Sanitation, dispensaries and jails vaccination Rajputana 1922-1927 - 1922-1927
Year: 1922
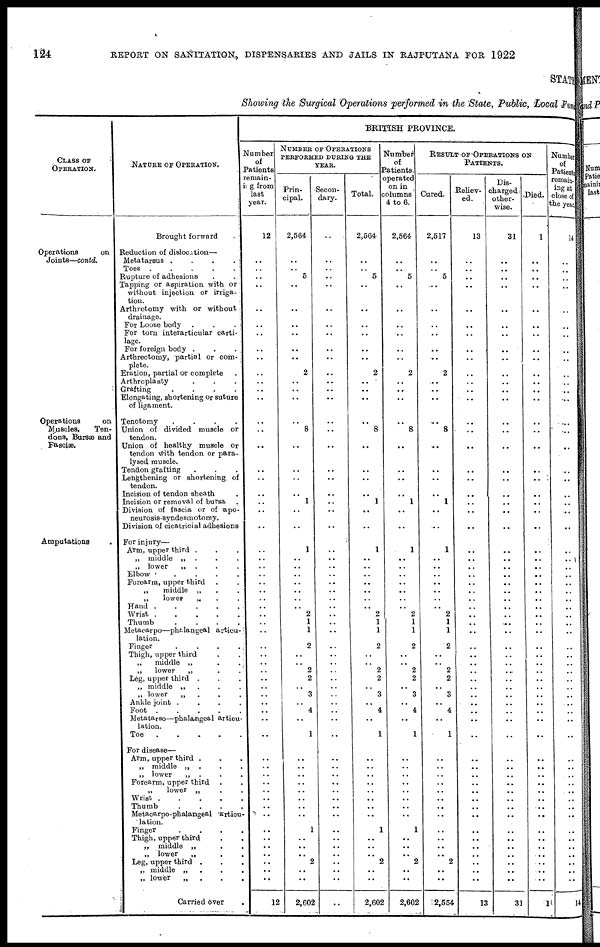
124
REPORT ON SANITATION, DISPENSARIES AND JAILS IN RAJPUTANA FOR 1922
STATE
Showing the Surgical Operations performed in the State, Public, Local Fund
CLASS OF
OPERATION.
Operations
on
Joints—contd.
Operations
on
Muscles,
Ten-
dons, Bursæ and
Fasciæ.
Amputations .
NATURE OF OPERATION.
Brought forward .
Reduction of dislocation—
Metatarsus
.
.
.
.
Toes . . . . . .
Rupture of adhesions
.
.
Tapping or aspiration with or .
without injection or irriga¬
tion.
Arthrotomy with or without
drainage.
For Loose body .
.
.
For torn interarticular carti¬
lage.
For foreign body . . . .
Arthrectomy, partial or com¬
plete.
Eration. partial or complete
Arthroplasty . . .
Grafting . . . .
Elongating, shortening or suture
of ligament.
Tenotomy
.
.
.
.
Union of divided muscle or
tendon.
Union of healthy muscle or
tendon with tendon or para-
lysed muscle.
Tendon grafting . . .
Lengthening or shortening of
tendon.
Incision of tendon sheath .
Incision or removal of bursa .
Division of fascia or of apo¬
neurosis-syndesmotomy.
Division of cicatricial adhesions
For injury—
Arm, upper third . . .
„ middle „ . . .
„ lower
„ . . .
Elbow . . . .
Forearm, upper third . .
„
middle „ . .
„
lower
„ . .
Hand
.
.
.
.
.
Wrist
.
.
.
.
.
Thumb
.
.
.
.
Metacarpo—phalangeal articu¬
lation.
Finger . . . .
Thigh, upper third . .
„
middle „
.
.
„
lower
„ . .
Leg, upper third . . .
„ middle „
. . .
„ lower
„ . . .
Ankle joint . . . . .
Foot
.
.
.
.
.
Metatarso—phalangeal articu-
lation.
Toe . . . . .
For disease—
Arm, upper third . . .
„ middle „ . . .
„ lower
„ . . .
Forearm, upper third . .
„
lower „ . .
Wrist
.
.
.
.
Thumb
.
.
.
.
Metaearpo-phalangeal articu-
lation.
Finger
.
.
.
.
Thigh, upper third . . .
„ middle „ . .
„ lower
„ . .
Leg, upper third . . .
„ middle „
.
.
.
„ lower
„
.
. .
Carried over
BRITISH PROVINCE.
Number
of
Patients
remain¬
ing from
last
year.
12
..
..
..
..
..
..
..
..
..
..
..
..
..
..
..
..
..
..
..
..
..
..
..
..
..
..
..
..
..
..
..
..
..
..
..
..
..
..
..
..
..
..
..
..
..
..
..
..
..
..
..
..
..
..
..
..
..
..
12
NUMBER OF OPERATIONS
PERFORMED DURING THE
YEAR.
Prin-
cipal.
2,564
..
.. 5
..
..
..
..
..
..
2
..
..
..
..
8
..
..
..
..
1
..
..
1
..
..
..
..
..
..
..
2
1
1
2
..
..
2
2
..
3
..
4
..
1
..
..
..
..
..
..
..
..
1
..
..
..
2
..
..
2,602
Secon-
dary.
..
..
..
..
..
..
..
..
..
..
..
..
..
..
..
..
..
..
..
..
..
..
..
..
..
..
..
..
..
..
..
..
..
..
..
..
..
..
..
..
..
..
..
..
..
..
..
..
..
..
..
..
..
..
..
..
..
..
..
..
Total.
2,564
..
..
5
..
..
..
..
..
..
2
..
..
..
..
8
..
..
..
..
1
..
..
1
..
..
..
..
..
..
..
2
1
1
2
..
..
2
2
..
3
..
4
..
1
..
..
..
..
.. ..
..
..
1
..
..
..
2
..
2,602
Number
of
Patients.
operated
on in
columns
4 to 6.
2,564
..
..
5
..
..
..
..
..
..
2
..
..
..
..
8
..
..
..
..
1
..
..
1
..
..
..
..
..
..
..
2
1
1
2
..
..
2
2
..
3
..
4
..
1
..
..
..
..
..
..
..
..
1
..
..
..
2
..
..
2,602
RESULT OF OPERIATIONS ON
PATIENTS.
Cured.
2,517
..
..
5
..
..
..
..
..
..
2
..
..
..
..
8
..
..
..
..
1
..
..
1
..
..
..
..
..
..
..
2
1
1
2
..
..
2
2
..
3
..
4
..
1
..
..
..
..
..
..
..
..
..
..
..
..
2
..
2,554
Reliev-
ed.
13
..
..
..
..
..
..
..
..
..
..
..
..
..
..
..
..
..
..
..
..
..
..
..
..
..
..
..
..
..
..
..
..
..
..
..
..
..
..
..
..
..
..
..
..
..
..
..
..
..
..
..
..
..
..
..
..
..
..
13
Dis-
charged
other-
wise.
31
..
..
..
..
..
..
..
..
..
..
..
..
..
..
..
..
..
..
..
..
..
..
..
..
..
..
..
..
..
..
..
..
..
..
..
..
..
..
..
..
..
..
..
..
..
..
..
..
..
..
..
..
..
..
..
..
..
..
31
Died.
1
..
..
..
..
..
..
..
..
..
..
..
..
..
..
..
..
..
..
..
..
..
..
..
..
..
..
..
..
..
..
..
..
..
..
..
..
..
..
..
..
..
..
..
..
..
..
..
..
..
..
..
..
..
..
..
..
..
..
1
Number
of
Patients
remain¬
ing at
close of
the year.
14
..
..
..
..
..
..
..
..
..
..
..
..
..
..
..
..
..
..
..
..
..
..
..
..
..
..
..
..
..
..
..
..
..
..
..
..
..
..
..
..
..
..
..
..
..
..
..
..
..
..
..
..
..
..
..
..
..
..
14